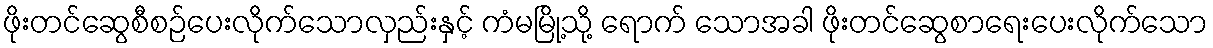
ဖိုးတင်ဆွေစီစဉ်ပေးလိုက်သောလှည်းနှင့် ကံမမြို့သို့ ရောက် သောအခါ ဖိုးတင်ဆွေစာရေးပေးလိုက်သော